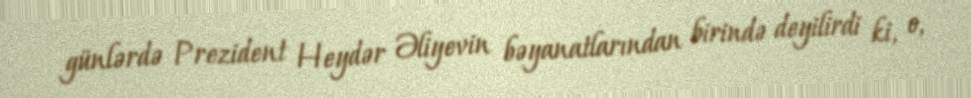
günlərdə Prezident Heydər Əliyevin bəyanatlarından birində deyilirdi ki, o,